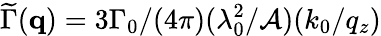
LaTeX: \widetilde\Gamma(\mathbf{q})=3\Gamma_{0}/(4\pi)(\lambda_{0}^{2}/\mathcal{A})(k_{0}/q_{z})